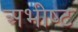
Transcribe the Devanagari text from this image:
अभीष्‍ट